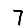
Digit: 7